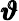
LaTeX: \pmb{\vartheta}